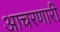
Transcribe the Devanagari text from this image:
आचरणारी